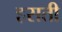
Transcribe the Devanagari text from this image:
हसती